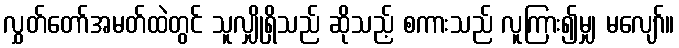
လွှတ်တော်အမတ်ထဲတွင် သူလျှိုရှိသည် ဆိုသည့် စကားသည် လူကြား၍မျှ မလျော်။